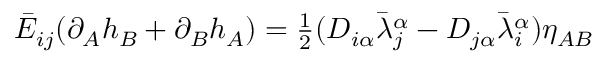
\bar { \cal E } _ { i j } ( \partial _ { A } h _ { B } + \partial _ { B } h _ { A } ) = \textstyle { \frac { 1 } { 2 } } ( D _ { i \alpha } \bar { \lambda } _ { j } ^ { \alpha } - D _ { j \alpha } \bar { \lambda } _ { i } ^ { \alpha } ) \eta _ { A B }